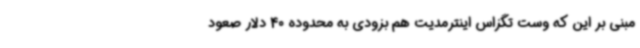
مبنی بر این که وست تگزاس اینترمدیت هم بزودی به محدوده 40 دلار صعود